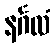
နင်္ဂလံ